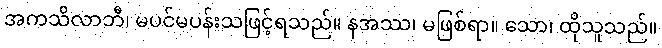
အကသိလာဘီ၊ မပင်မပန်းသဖြင့်ရသည်။ နအဿ၊ မဖြစ်ရာ။ သော၊ ထိုသူသည်။